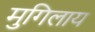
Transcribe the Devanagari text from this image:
मुगिलाय